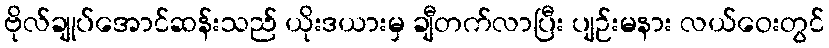
ဗိုလ်ချုပ်အောင်ဆန်းသည် ယိုးဒယားမှ ချီတက်လာပြီး ပျဉ်းမနား လယ်ဝေးတွင်